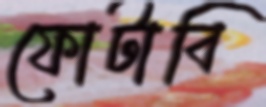
ফোটাবি